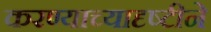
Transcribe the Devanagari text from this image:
करण्याच्यादृष्टीने